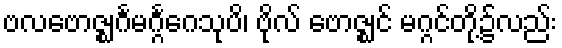
ဗလဗောဇ္ဈင်္ဂမဂ္ဂင်္ဂေသုပိ၊ ဗိုလ် ဗောဇ္ဈင် မဂ္ဂင်တို့၌လည်း